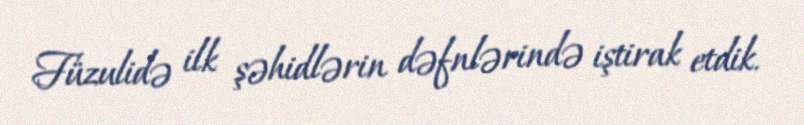
Füzulidə ilk şəhidlərin dəfnlərində iştirak etdik.